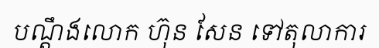
បណ្តឹងលោក ហ៊ុន សែន ទៅតុលាការ